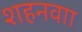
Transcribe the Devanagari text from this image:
शहनवाा